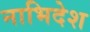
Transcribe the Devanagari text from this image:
नाभिदेश